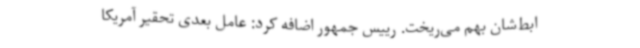
ابط‌شان بهم می‌ریخت. رییس جمهور اضافه کرد: عامل بعدی تحقیر آمریکا